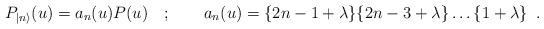
LaTeX: \begin{align*}P_{|n\rangle }(u)=a_{n}(u)P(u)\quad ;\qquad a_{n}(u)=\{2n-1+\lambda \}\{2n-3+\lambda \}\dots \{1+\lambda \}\, \, \, .\end{align*}